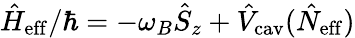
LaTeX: \hat{H}_{\mathrm{eff}}/\hbar=-\omega_{B}\hat{S}_{z}+\hat{V}_{\mathrm{cav}}(\hat{N}_{\mathrm{eff}})